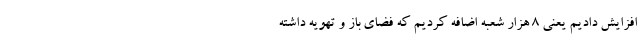
افزایش دادیم یعنی ۸ هزار شعبه اضافه کردیم که فضای باز و تهویه داشته